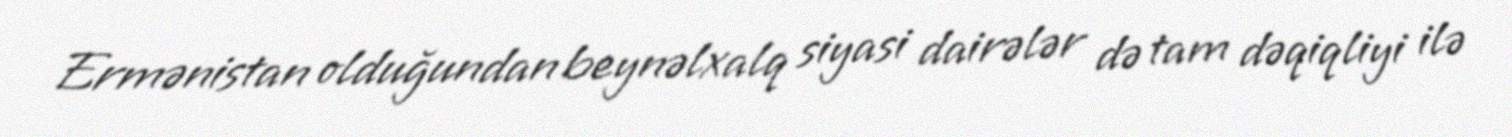
Ermənistan olduğundan beynəlxalq siyasi dairələr də tam dəqiqliyi ilə